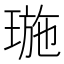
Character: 㻢